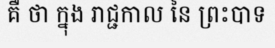
គឺ ថា ក្នុង រាជ្ជកាល នៃ ព្រះបាទ